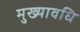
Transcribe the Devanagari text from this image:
मुख्यावधि